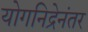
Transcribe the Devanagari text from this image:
योगनिद्रेनंतर